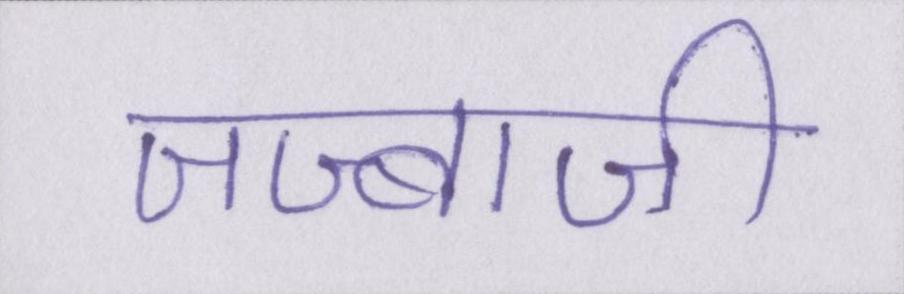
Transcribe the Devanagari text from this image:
जज्बाजी